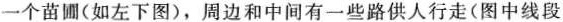
一个苗圃(如左下图)，周边和中间有一些路供人行走(图中线段